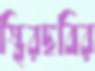
স্থিরছবির